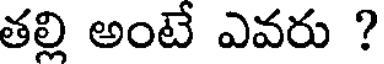
తల్లి అంటే ఎవరు ?